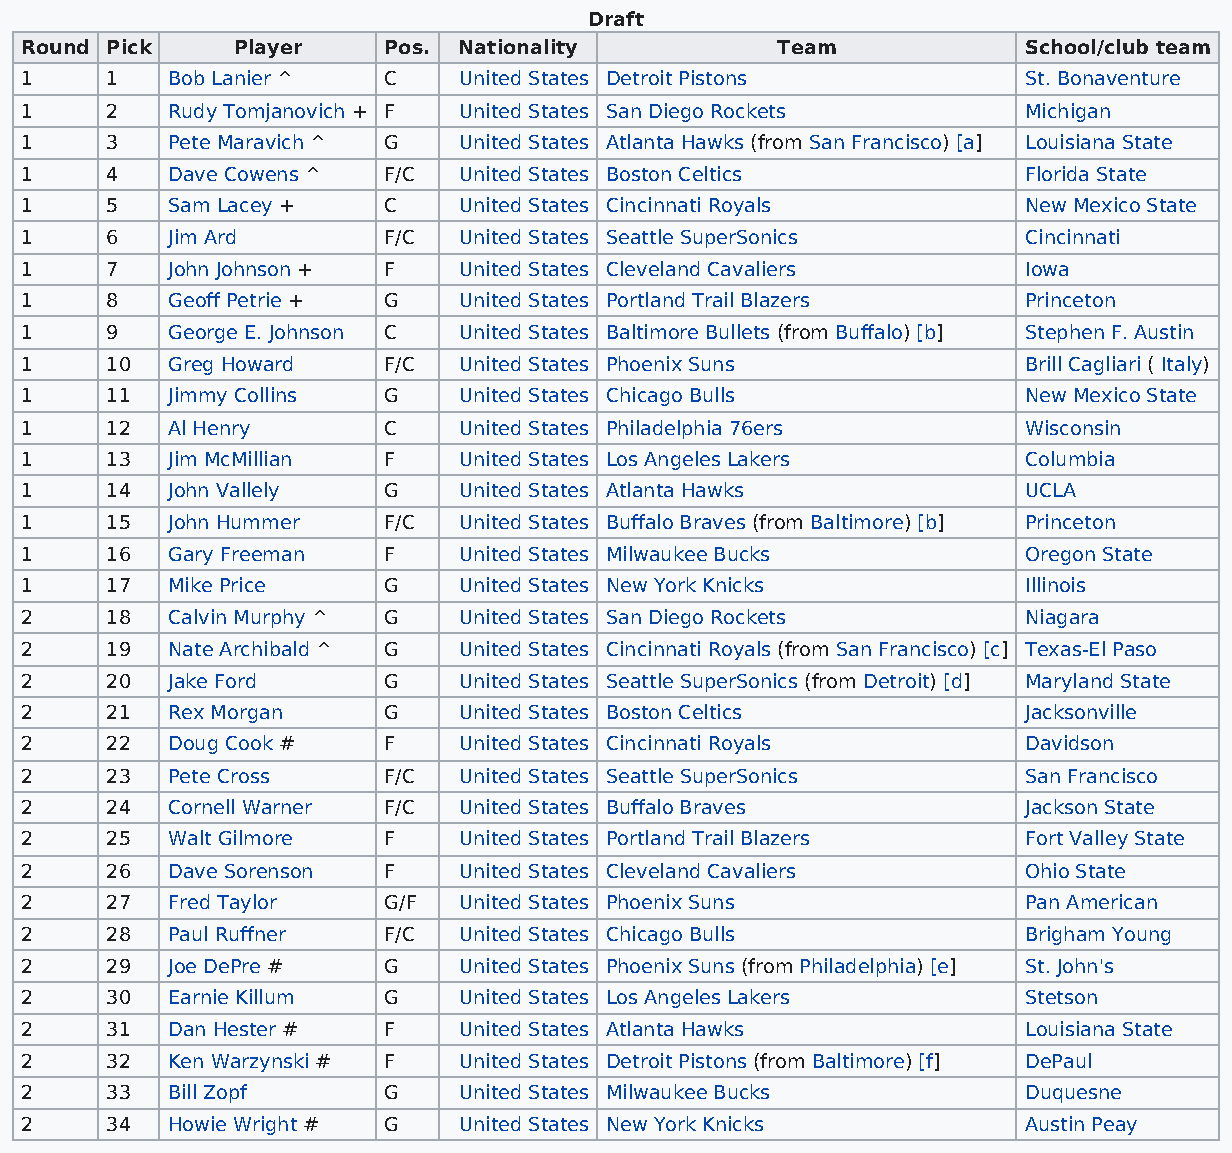
Draft
 Round Pick    Player    Pos. Nationality          Team             School/club team
 1     1   Bob Lanier ^  C    United States Detroit Pistons         St. Bonaventure
 1     2   Rudy Tomjanovich + F United States San Diego Rockets     Michigan
 1     3   Pete Maravich ^ G  United States Atlanta Hawks (from San Francisco) [a] Louisiana State
 1     4   Dave Cowens ^ F/C  United States Boston Celtics          Florida State
 1     5   Sam Lacey +   C    United States Cincinnati Royals       New Mexico State
 1     6   Jim Ard       F/C  United States Seattle SuperSonics     Cincinnati
 1     7   John Johnson + F   United States Cleveland Cavaliers     Iowa
 1     8   Geoff Petrie + G   United States Portland Trail Blazers  Princeton
 1     9   George E. Johnson C United States Baltimore Bullets (from Buffalo) [b] Stephen F. Austin
 1     10  Greg Howard   F/C  United States Phoenix Suns            Brill Cagliari ( Italy)
 1     11  Jimmy Collins G    United States Chicago Bulls           New Mexico State
 1     12  Al Henry      C    United States Philadelphia 76ers      Wisconsin
 1     13  Jim McMillian F    United States Los Angeles Lakers      Columbia
 1     14  John Vallely  G    United States Atlanta Hawks           UCLA
 1     15  John Hummer   F/C  United States Buffalo Braves (from Baltimore) [b] Princeton
 1     16  Gary Freeman  F    United States Milwaukee Bucks         Oregon State
 1     17  Mike Price    G    United States New York Knicks         Illinois
 2     18  Calvin Murphy ^ G  United States San Diego Rockets       Niagara
 2     19  Nate Archibald ^ G United States Cincinnati Royals (from San Francisco) [c] Texas-El Paso
 2     20  Jake Ford     G    United States Seattle SuperSonics (from Detroit) [d] Maryland State
 2     21  Rex Morgan    G    United States Boston Celtics          Jacksonville
 2     22  Doug Cook #   F    United States Cincinnati Royals       Davidson
 2     23  Pete Cross    F/C  United States Seattle SuperSonics     San Francisco
 2     24  Cornell Warner F/C United States Buffalo Braves          Jackson State
 2     25  Walt Gilmore  F    United States Portland Trail Blazers  Fort Valley State
 2     26  Dave Sorenson F    United States Cleveland Cavaliers     Ohio State
 2     27  Fred Taylor   G/F  United States Phoenix Suns            Pan American
 2     28  Paul Ruffner  F/C  United States Chicago Bulls           Brigham Young
 2     29  Joe DePre #   G    United States Phoenix Suns (from Philadelphia) [e] St. John's
 2     30  Earnie Killum G    United States Los Angeles Lakers      Stetson
 2     31  Dan Hester #  F    United States Atlanta Hawks           Louisiana State
 2     32  Ken Warzynski # F  United States Detroit Pistons (from Baltimore) [f] DePaul
 2     33  Bill Zopf     G    United States Milwaukee Bucks         Duquesne
 2     34  Howie Wright # G   United States New York Knicks         Austin Peay